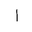
Letter: _alif